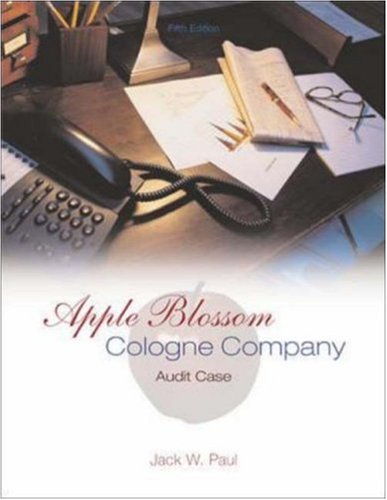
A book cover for Apple Blossom Cologne Company: Audit Case; Jack Paul; Business & Money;